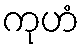
ကုဟံ